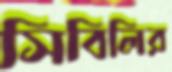
সিবিলির